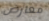
معارض